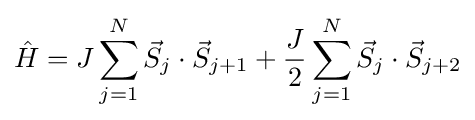
{\hat {H}}=J\sum _{j=1}^{N}{\vec {S}}_{j}\cdot {\vec {S}}_{j+1}+{\frac {J}{2}}\sum _{j=1}^{N}{\vec {S}}_{j}\cdot {\vec {S}}_{j+2}